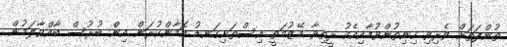
ތުންފަތަށް ވެރިވި ހިނިތުންވުމާއިއެކު ރީތިވާ މޭޒުމަތީ އިސްތަށިގަނޑު އޮމާންކުރަން އިން ބުރުސް ބާއްވާލަމުން